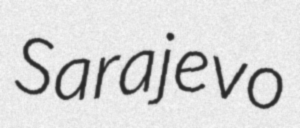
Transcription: Sarajevo